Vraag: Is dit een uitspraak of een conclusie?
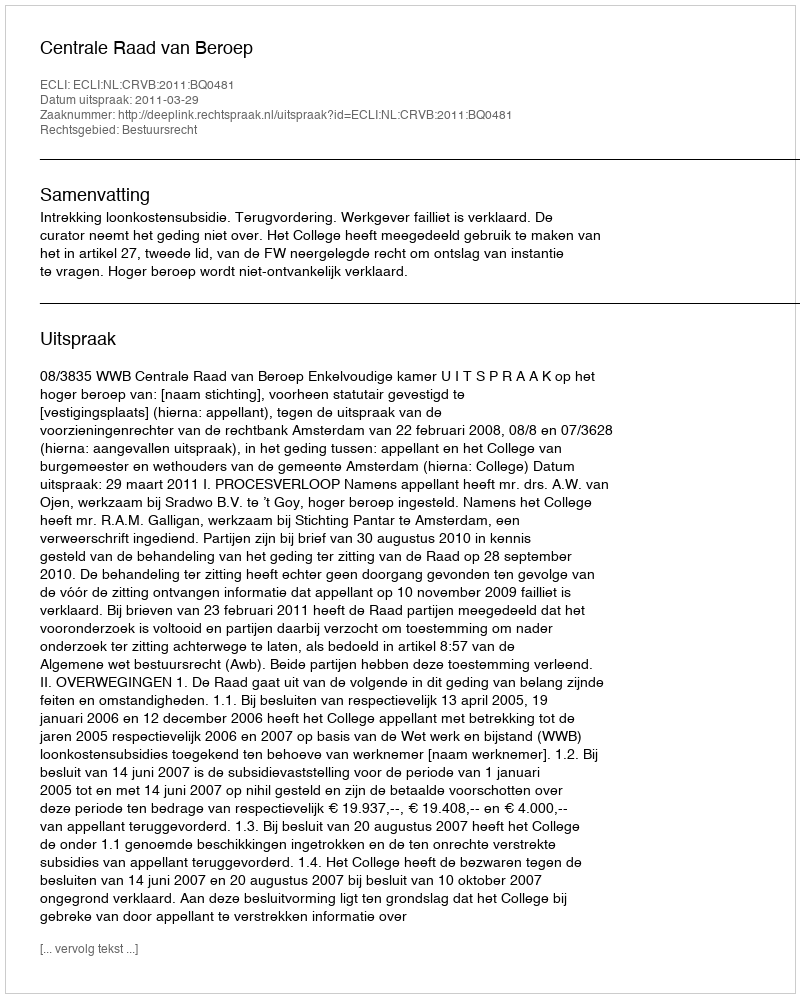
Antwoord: Uitspraak